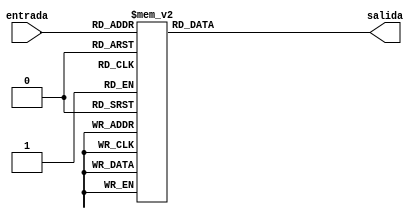
module cp5x32 
#( 
parameter WIDTH = 32, 
parameter SIZE = 5
)(
input [SIZE-1:0] entrada, //rd
output reg [WIDTH-1:0] salida
);
always @(*) begin 
case(entrada)
			default:	salida = 32'b00000000_00000000_00000000_00000000;
		5'b00001	:	salida = 32'b00000000_00000000_00000000_00000010;
		5'b00010	:	salida = 32'b00000000_00000000_00000000_00000100;
		5'b00011	:	salida = 32'b00000000_00000000_00000000_00001000;
		5'b00100	:	salida = 32'b00000000_00000000_00000000_00010000;
		5'b00101	:	salida = 32'b00000000_00000000_00000000_00100000;
		5'b00110	:	salida = 32'b00000000_00000000_00000000_01000000;
		5'b00111	:	salida = 32'b00000000_00000000_00000000_10000000;
		5'b01000	:	salida = 32'b00000000_00000000_00000001_00000000;
		5'b01001	:	salida = 32'b00000000_00000000_00000010_00000000;
		5'b01010	:	salida = 32'b00000000_00000000_00000100_00000000;
		5'b01011	:	salida = 32'b00000000_00000000_00001000_00000000;
		5'b01100	:	salida = 32'b00000000_00000000_00010000_00000000;
		5'b01101	:	salida = 32'b00000000_00000000_00100000_00000000;
		5'b01110	:	salida = 32'b00000000_00000000_01000000_00000000;
		5'b01111	:	salida = 32'b00000000_00000000_10000000_00000000;
		5'b10000	:	salida = 32'b00000000_00000001_00000000_00000000;
		5'b10001	:	salida = 32'b00000000_00000010_00000000_00000000;
		5'b10010	:	salida = 32'b00000000_00000100_00000000_00000000;
		5'b10011	:	salida = 32'b00000000_00001000_00000000_00000000;
		5'b10100	:	salida = 32'b00000000_00010000_00000000_00000000;
		5'b10101	:	salida = 32'b00000000_00100000_00000000_00000000;
		5'b10110	:	salida = 32'b00000000_01000000_00000000_00000000;
		5'b10111	:	salida = 32'b00000000_10000000_00000000_00000000;
		5'b11000	:	salida = 32'b00000001_00000000_00000000_00000000;
		5'b11001	:	salida = 32'b00000010_00000000_00000000_00000000;
		5'b11010	:	salida = 32'b00000100_00000000_00000000_00000000;
		5'b11011	:	salida = 32'b00001000_00000000_00000000_00000000;
		5'b11100	:	salida = 32'b00010000_00000000_00000000_00000000;
		5'b11101	:	salida = 32'b00100000_00000000_00000000_00000000;
		5'b11110	:	salida = 32'b01000000_00000000_00000000_00000000;
		5'b11111	:	salida = 32'b10000000_00000000_00000000_00000000;
	endcase
	end
endmodule